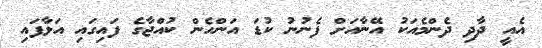
އެއީ ދާދި ދެންމެއަކު އޭނާއަށް ފެނުނު ކުޑަ އަންހެން ކުއްޖާގެ ފައިގައި އަޅާފައި